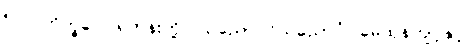
၅၁။ ဘိက္ခဝေ၊ ရဟန်းတို့။ သညောဂဝိသညောဂံ၊ မေထုန်ကျင့်နှင့်